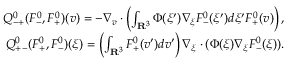
\begin{array} { r } { Q _ { - + } ^ { 0 } ( F _ { - } ^ { 0 } , F _ { + } ^ { 0 } ) ( v ) = - \nabla _ { v } \cdot \left( \int _ { \mathbf R ^ { 3 } } \Phi ( \xi ^ { \prime } ) \nabla _ { \xi } F _ { - } ^ { 0 } ( \xi ^ { \prime } ) d \xi ^ { \prime } F _ { + } ^ { 0 } ( v ) \right) , } \\ { Q _ { + - } ^ { 0 } ( F _ { + } ^ { 0 } , F _ { - } ^ { 0 } ) ( \xi ) = \left( \int _ { \mathbf R ^ { 3 } } F _ { + } ^ { 0 } ( v ^ { \prime } ) d v ^ { \prime } \right) \nabla _ { \xi } \cdot ( \Phi ( \xi ) \nabla _ { \xi } F _ { - } ^ { 0 } ( \xi ) ) . } \end{array}